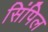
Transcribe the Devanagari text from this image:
सिंपिल